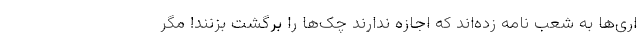
اری‌ها به شعب نامه زده‌اند که اجازه ندارند چک‌ها را برگشت بزنند! مگر